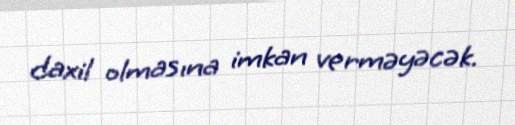
daxil olmasına imkan verməyəcək.